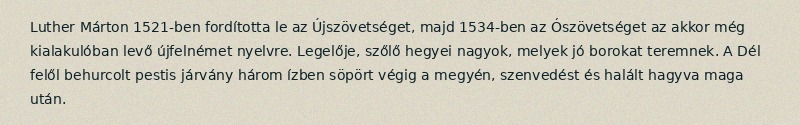
Luther Márton 1521-ben fordította le az Újszövetséget, majd 1534-ben az Ószövetséget az akkor még kialakulóban levő újfelnémet nyelvre. Legelője, szőlő hegyei nagyok, melyek jó borokat teremnek. A Dél felől behurcolt pestis járvány három ízben söpört végig a megyén, szenvedést és halált hagyva maga után.